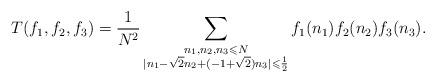
LaTeX: \begin{align*}T(f_1,f_2,f_3)=\frac{1}{N^2}\sum\limits_{\substack{n_1,n_2,n_3\leqslant N\\ \vert n_1 - \sqrt{2}n_2 + (-1+\sqrt{2})n_3\vert\leqslant \frac{1}{2}} }f_1(n_1)f_2(n_2)f_3(n_3).\end{align*}